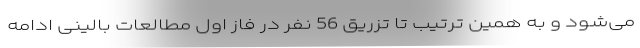
می‌شود و به همین ترتیب تا تزریق 56 نفر در فاز اول مطالعات بالینی ادامه